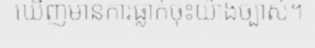
ឃើញមានការធ្លាក់ចុះយ៉ាងច្បាស់។